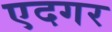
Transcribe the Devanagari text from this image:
एदगर